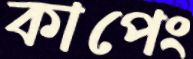
কাপেং